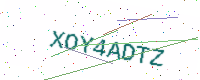
Text: XOY4ADTZ